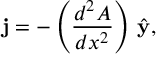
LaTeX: { \bf j } = - \left( { \frac { d ^ { 2 } A } { d x ^ { 2 } } } \right) \, { \hat { \bf y } } ,